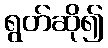
ရွတ်ဆို၍